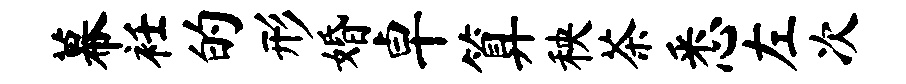
幕衽的形婚卓算秧茶悉左次